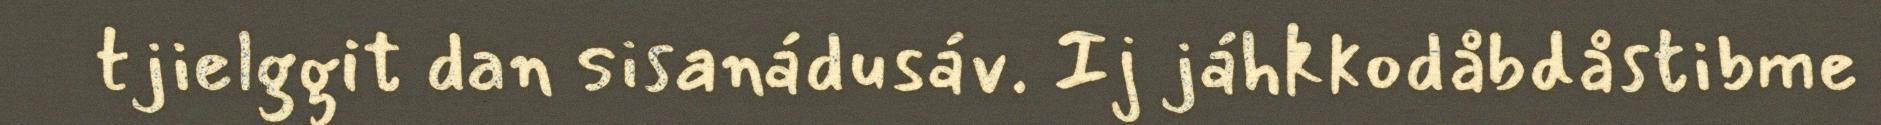
tjielggit dan sisanádusáv. Ij jáhkkodåbdåstibme